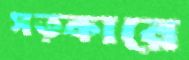
সত্কারে